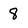
Character: 8